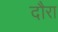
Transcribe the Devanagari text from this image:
दौरा